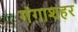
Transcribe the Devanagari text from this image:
गंगाशहर